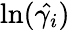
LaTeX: \ln(\hat{\gamma_{i}})